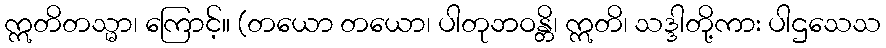
ဣတိတသ္မာ၊ ကြောင့်။ (တယော တယော၊ ပါတုဘဝန္တိ၊ ဣတိ၊ သဒ္ဒါတို့ကား ပါဌသေသ